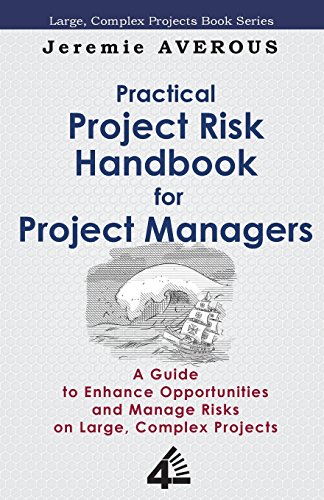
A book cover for Practical Project Risk Handbook for Project Managers; Jeremie Averous; Business & Money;